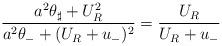
LaTeX: \begin{align*} \frac{a^2\theta_\sharp + U_R^2}{a^2\theta_- + (U_R + u_-)^2} = \frac{U_R}{U_R + u_-}\end{align*}